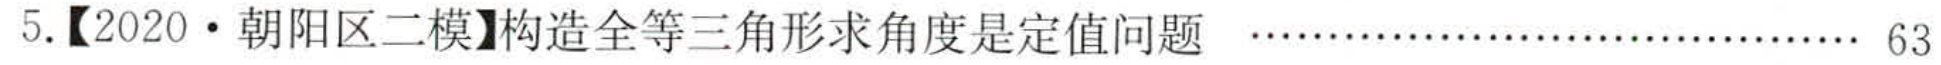
5.【2020·朝阳区二模】构造全等三角形求角度是定值问题 $\cdots\cdots\cdots\cdots\cdots\cdots\cdots\cdots\cdots\cdots\cdots\cdots\cdots 63$